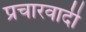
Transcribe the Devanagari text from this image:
प्रचारवादी